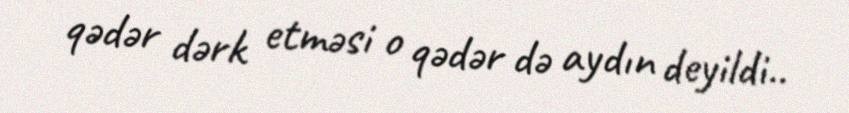
qədər dərk etməsi o qədər də aydın deyildi..